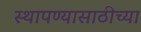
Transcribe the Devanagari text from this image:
स्थापण्यासाठीच्या